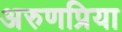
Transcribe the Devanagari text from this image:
अरुणप्रिया